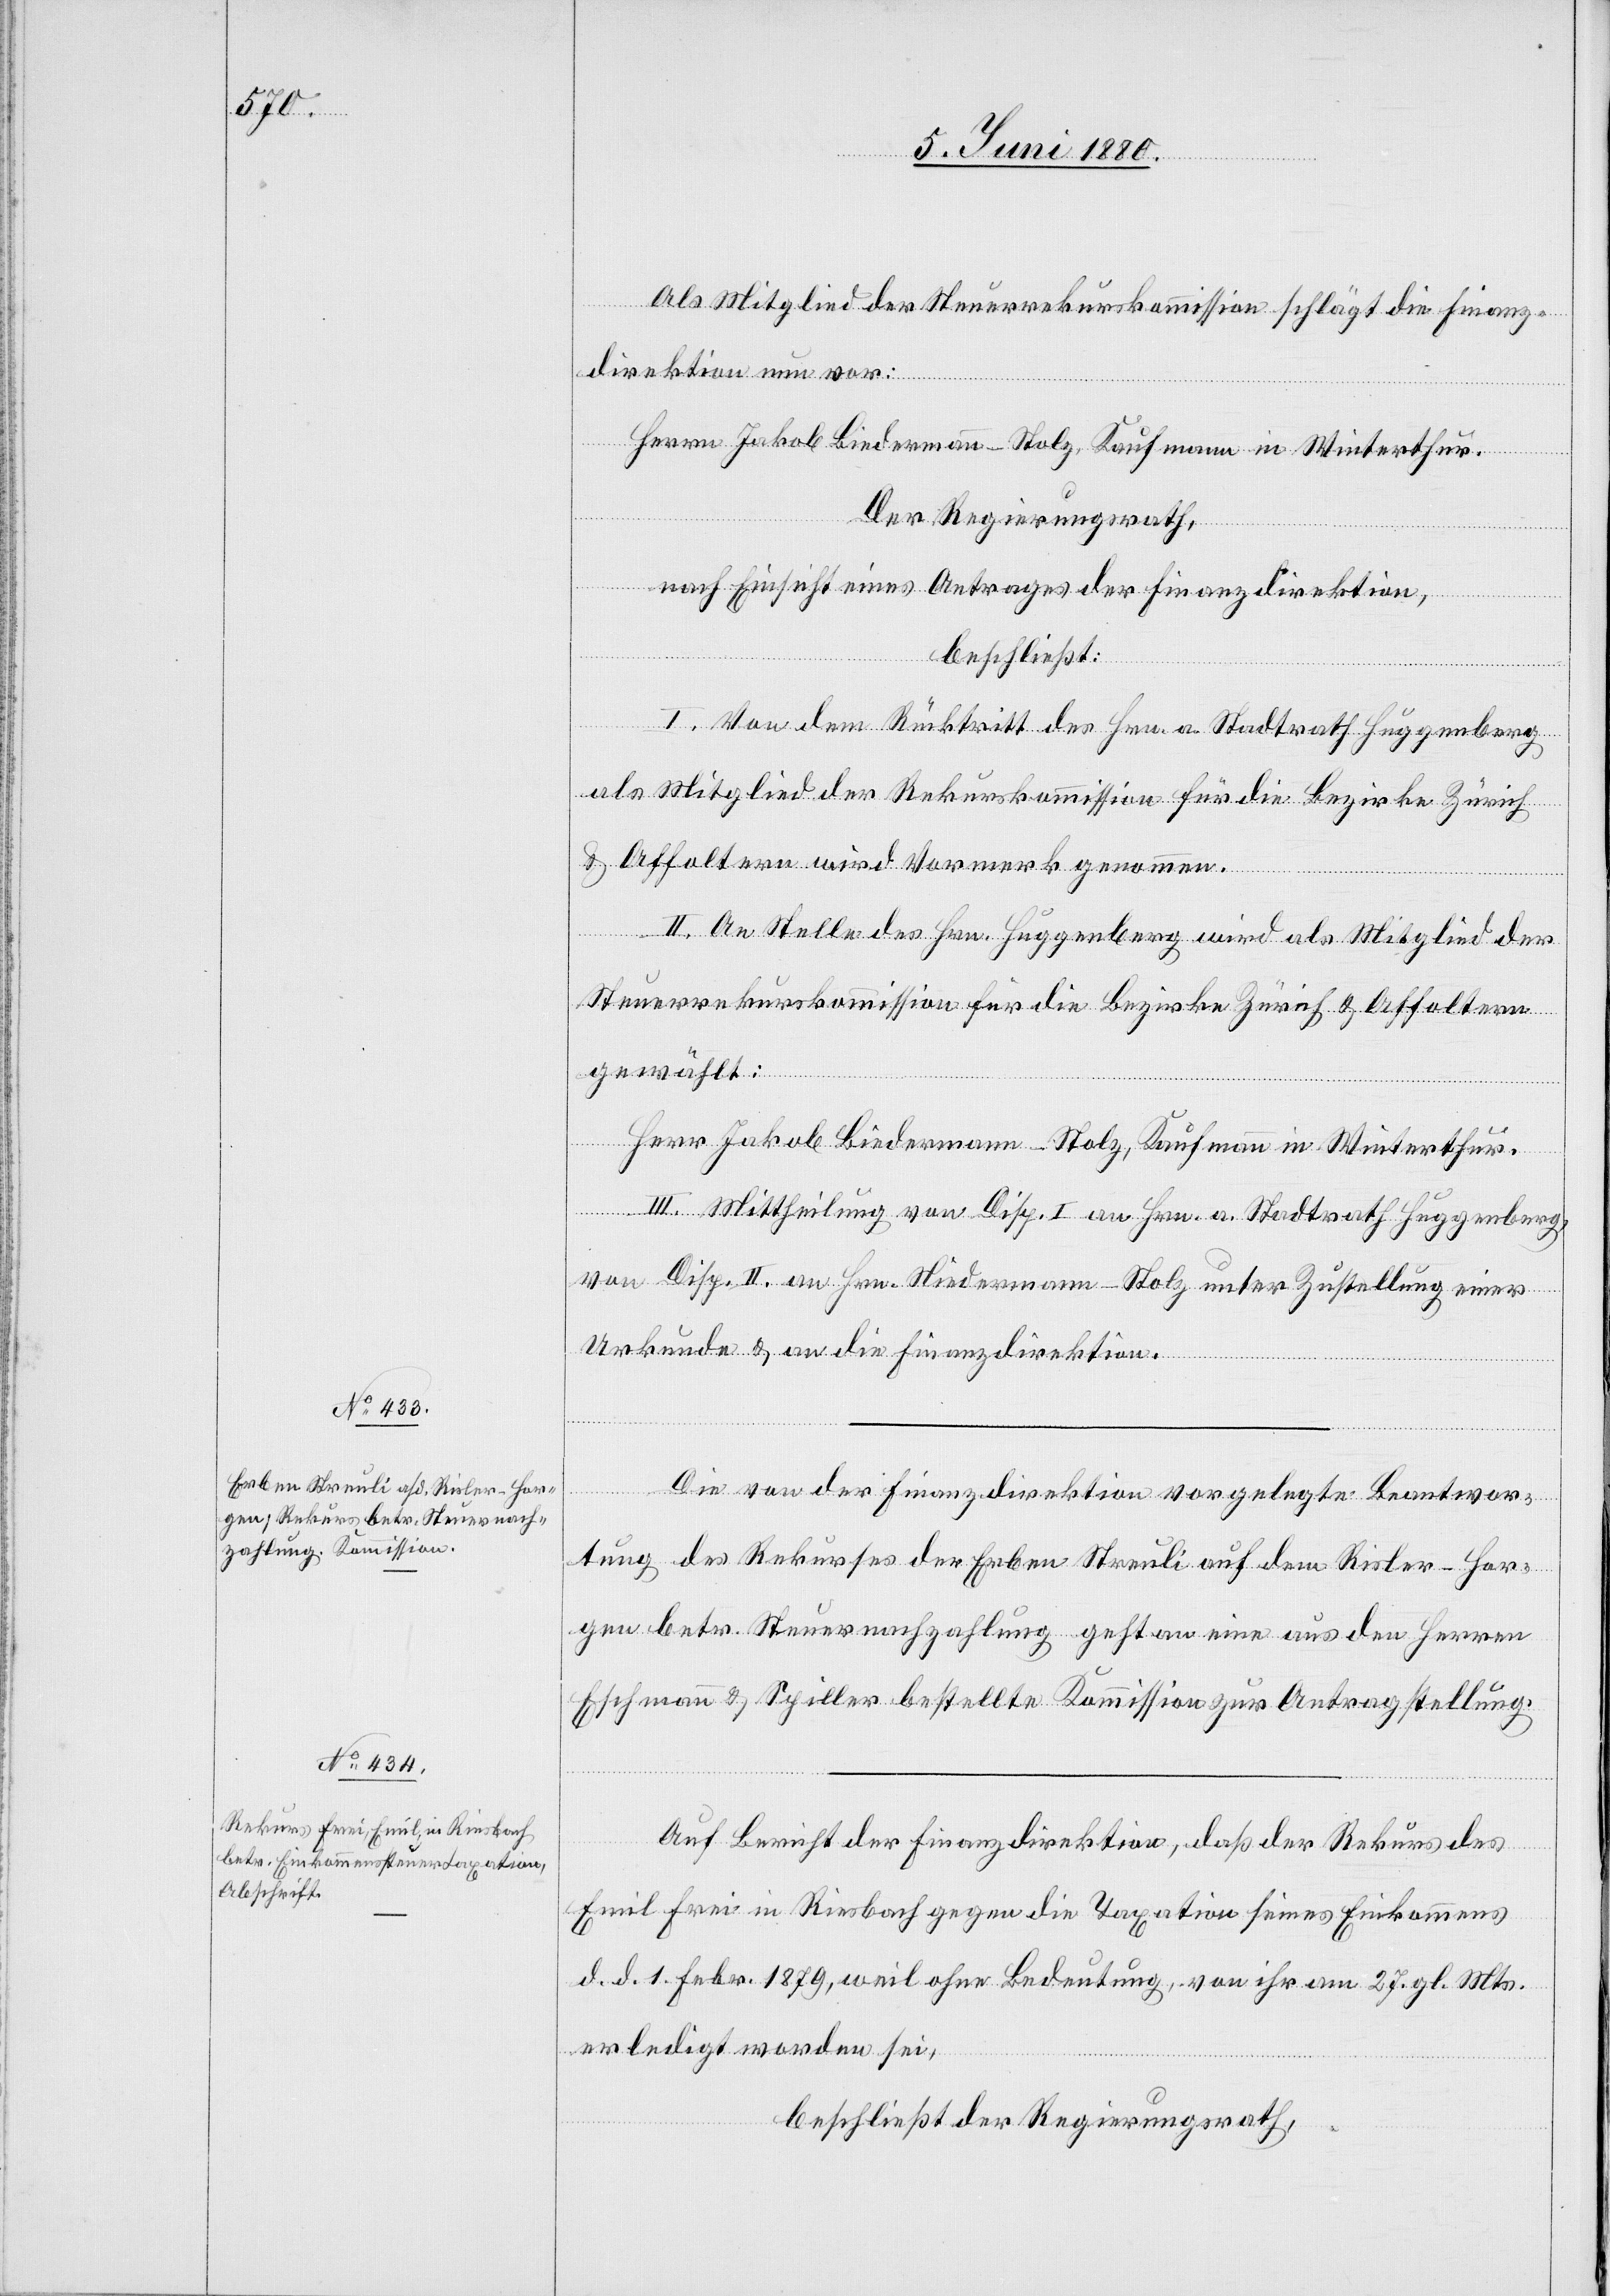
Als Mitglied der Steuerrekurskommission schlägt die Finanz¬
direktion nun vor:
Herrn Jakob Biedermann-Stolz [sic!], Kaufmann in Winterthur.
Der Regierungsrath;
nach Einsicht eines Antrages der Finanzdirektion,
beschließt:
I. Von dem Rücktritt des Hrn. a. Stadtrath Huggenberg
als Mitglied der Rekurskommission für die Bezirke Zürich
& Affoltern wird Vormerk genommen.
II. An Stelle des Hrn. Huggenberg wird als Mitglied der
Steuerrekurskommission für die Bezirke Zürich & Affoltern
gewählt:
Herr Jakob Biedermann-Stolz, Kaufmann in Winterthur.
III. Mittheilung von Disp. I an Hrn. a. Stadtrath Huggenberg,
von Disp. II an Hrn. Niedermann-Stolz unter Zustellung einer
Urkunde & an die Finanzdirektion.
Die von der Finanzdirektion vorgelegte Beantwor¬
tung des Rekurses der Erben Streuli auf dem Risler - Hor¬
gen betr. Steuernachzahlung geht an eine aus den Herren
Eschmann & Spiller bestellte Kommission zur Antragstellung.
Auf Bericht der Finanzdirektion, daß der Rekurs des
Emil Frei in Riesbach gegen die Taxation seines Einkommens
d. d. 1. Febr. 1879, weil ohne Bedeutung, von ihr am 27. gl. Mts.
erledigt worden sei,
beschließt der Regierungsrath,